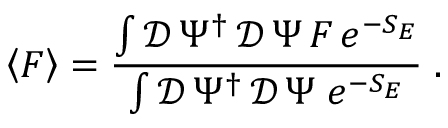
\left\langle F \right\rangle = \frac { \int \mathcal { D } \, \Psi ^ { \dagger } \, \mathcal { D } \, \Psi \, F \, e ^ { - S _ { E } } } { \int \mathcal { D } \, \Psi ^ { \dagger } \, \mathcal { D } \, \Psi \; e ^ { - S _ { E } } } \; .